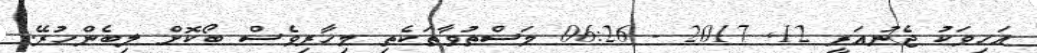
އަހިވަކު ޖެނުއަރީ 12